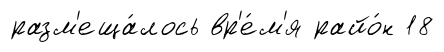
разм'еща́лось вр'е́м'я райо́н 18